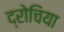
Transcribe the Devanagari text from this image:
द्रोचिया